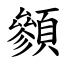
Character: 䫩